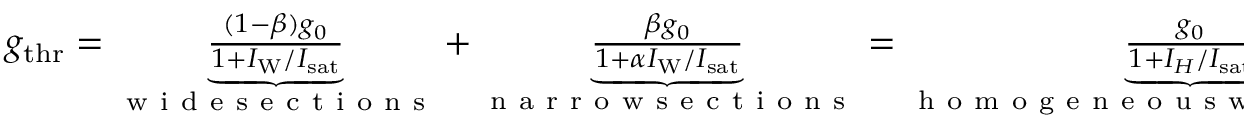
\begin{array} { r } { g _ { \mathrm { t h r } } = \underbrace { \frac { ( 1 - \beta ) g _ { 0 } } { 1 + I _ { \mathrm { W } } / { I _ { \mathrm { s a t } } } } } _ { \mathrm { ~ w ~ i ~ d ~ e ~ s ~ e ~ c ~ t ~ i ~ o ~ n ~ s ~ } } + \underbrace { \frac { \beta g _ { 0 } } { 1 + \alpha I _ { \mathrm { W } } / { I _ { \mathrm { s a t } } } } } _ { \mathrm { ~ n ~ a ~ r ~ r ~ o ~ w ~ s ~ e ~ c ~ t ~ i ~ o ~ n ~ s ~ } } = \underbrace { \frac { g _ { 0 } } { 1 + I _ { H } / { I _ { \mathrm { s a t } } } } } _ { \mathrm { ~ h ~ o ~ m ~ o ~ g ~ e ~ n ~ e ~ o ~ u ~ s ~ w ~ a ~ v ~ e ~ g ~ u ~ i ~ d ~ e ~ } } } \end{array}